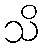
သိ